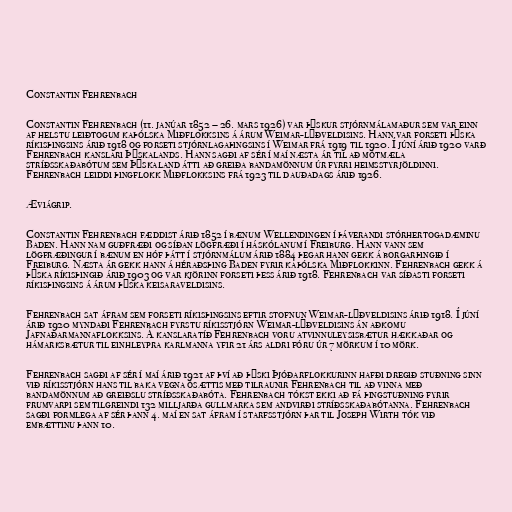
Constantin Fehrenbach

Constantin Fehrenbach (11. janúar 1852 – 26. mars 1926) var þýskur stjórnmálamaður sem var einn
af helstu leiðtogum kaþólska Miðflokksins á árum Weimar-lýðveldisins. Hann var forseti þýska
ríkisþingsins árið 1918 og forseti stjórnlagaþingsins í Weimar frá 1919 til 1920. Í júní árið 1920 varð
Fehrenbach kanslari Þýskalands. Hann sagði af sér í maí næsta ár til að mótmæla
stríðsskaðabótum sem Þýskaland átti að greiða bandamönnum úr fyrri heimsstyrjöldinni.
Fehrenbach leiddi þingflokk Miðflokksins frá 1923 til dauðadags árið 1926.

Æviágrip.

Constantin Fehrenbach fæddist árið 1852 í bænum Wellendingen í þáverandi stórhertogadæminu
Baden. Hann nam guðfræði og síðan lögfræði í háskólanum í Freiburg. Hann vann sem
lögfræðingur í bænum en hóf þátt í stjórnmálum árið 1884 þegar hann gekk á borgarþingið í
Freiburg. Næsta ár gekk hann á héraðsþing Baden fyrir kaþólska Miðflokkinn. Fehrenbach gekk á
þýska ríkisþingið árið 1903 og var kjörinn forseti þess árið 1918. Fehrenbach var síðasti forseti
ríkisþingsins á árum þýska keisaraveldisins.

Fehrenbach sat áfram sem forseti ríkisþingsins eftir stofnun Weimar-lýðveldisins árið 1918. Í júní
árið 1920 myndaði Fehrenbach fyrstu ríkisstjórn Weimar-lýðveldisins án aðkomu
Jafnaðarmannaflokksins. Á kanslaratíð Fehrenbach voru atvinnuleysisbætur hækkaðar og
hámarksbætur til einhleypra karlmanna yfir 21 árs aldri fóru úr 7 mörkum í 10 mörk.

Fehrenbach sagði af sér í maí árið 1921 af því að þýski Þjóðarflokkurinn hafði dregið stuðning sinn
við ríkisstjórn hans til baka vegna ósættis með tilraunir Fehrenbach til að vinna með
bandamönnum að greiðslu stríðsskaðabóta. Fehrenbach tókst ekki að fá þingstuðning fyrir
frumvarpi sem tilgreindi 132 milljarða gullmarka sem andvirði stríðsskaðabótanna. Fehrenbach
sagði formlega af sér þann 4. maí en sat áfram í starfsstjórn þar til Joseph Wirth tók við
embættinu þann 10.